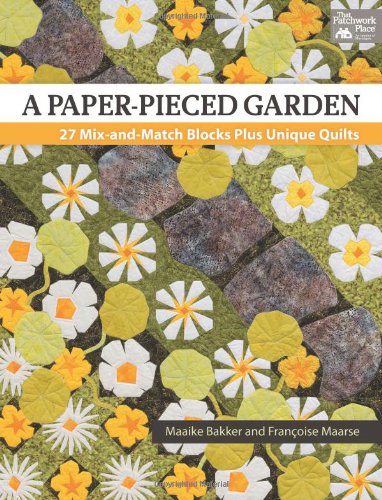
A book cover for A Paper-Pieced Garden: 27 Mix-and-Match Blocks Plus Unique Quilts; Maaike Bakker; Crafts, Hobbies & Home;